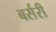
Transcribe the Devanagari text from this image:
बर्सरी